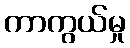
ကာကွယ်မှု